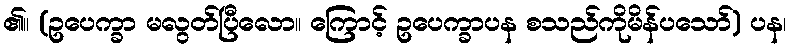
၏။ (ဥပေက္ခာ မလွတ်ပြီလော။ ကြောင့် ဥပေက္ခာပန စသည်ကိုမိန်ပသော်) ပန၊